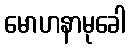
မောဟနာမုခေါ